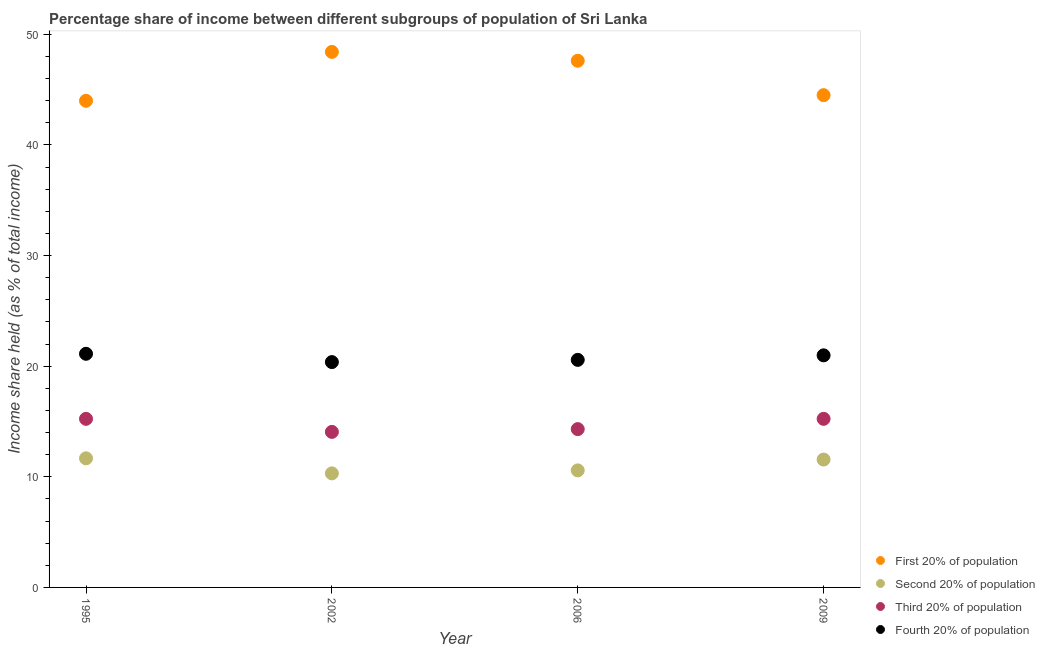
| Year | First 20% of population | Second 20% of population | Third 20% of population | Fourth 20% of population |
 | --- | --- | --- | --- | --- |
 | 1995 | 44 | 11.7 | 15.2 | 21.1 |
 | 2002 | 48.4 | 10.3 | 14.1 | 20.4 |
 | 2006 | 47.6 | 10.6 | 14.3 | 20.6 |
 | 2009 | 44.5 | 11.6 | 15.2 | 21 |